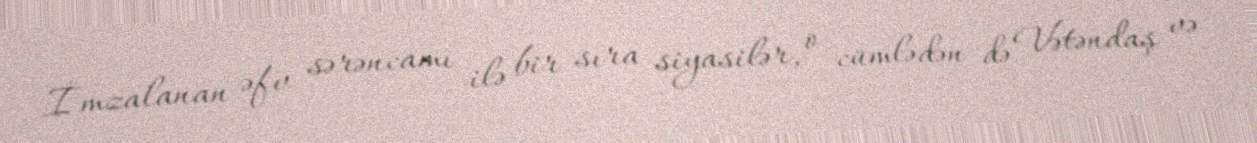
İmzalanan əfv sərəncamı ilə bir sıra siyasilər, o cümlədən də Vətəndaş və